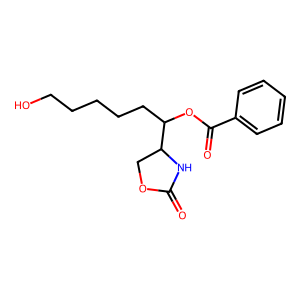
SMILES: O=C1NC(C(CCCCCO)OC(=O)c2ccccc2)CO1
Inhibits HIV replication: No